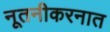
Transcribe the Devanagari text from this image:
नूतनीकरनात